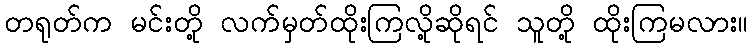
တရုတ်က မင်းတို့ လက်မှတ်ထိုးကြလို့ဆိုရင် သူတို့ ထိုးကြမလား။